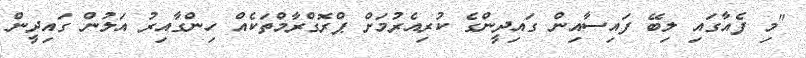
"މި ފެއާގައި ލިބޭ ފައިސާއިން ގައިދީންގެ ކުރިއެރުމަށް ޕްރޮގްރާމްތަކެއް ހިންގާއިރު އަލުން ގައިދީން